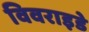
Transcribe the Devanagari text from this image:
विवराइडे